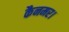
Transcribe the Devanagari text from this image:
कैनमर।